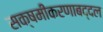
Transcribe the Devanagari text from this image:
सक्षमीकरणाबद्दल